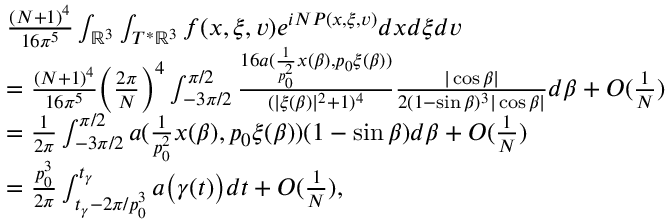
\begin{array} { r l } & { \frac { ( N + 1 ) ^ { 4 } } { 1 6 \pi ^ { 5 } } \int _ { \mathbb { R } ^ { 3 } } \int _ { T ^ { * } \mathbb { R } ^ { 3 } } f ( x , \xi , v ) e ^ { i N P ( x , \xi , v ) } d x d \xi d v } \\ & { = \frac { ( N + 1 ) ^ { 4 } } { 1 6 \pi ^ { 5 } } \Big ( \frac { 2 \pi } { N } \Big ) ^ { 4 } \int _ { - 3 \pi / 2 } ^ { \pi / 2 } \frac { 1 6 a ( \frac { 1 } { p _ { 0 } ^ { 2 } } x ( \beta ) , p _ { 0 } \xi ( \beta ) ) } { ( | \xi ( \beta ) | ^ { 2 } + 1 ) ^ { 4 } } \frac { | \cos \beta | } { 2 ( 1 - \sin \beta ) ^ { 3 } | \cos \beta | } d \beta + O ( \frac { 1 } { N } ) } \\ & { = \frac { 1 } { 2 \pi } \int _ { - 3 \pi / 2 } ^ { \pi / 2 } a ( \frac { 1 } { p _ { 0 } ^ { 2 } } x ( \beta ) , p _ { 0 } \xi ( \beta ) ) ( 1 - \sin \beta ) d \beta + O ( \frac { 1 } { N } ) } \\ & { = \frac { p _ { 0 } ^ { 3 } } { 2 \pi } \int _ { t _ { \gamma } - 2 \pi / p _ { 0 } ^ { 3 } } ^ { t _ { \gamma } } a \big ( \gamma ( t ) \big ) d t + O ( \frac { 1 } { N } ) , } \end{array}